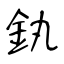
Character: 釻